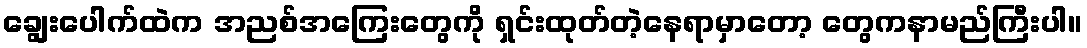
ချွေးပေါက်ထဲက အညစ်အကြေးတွေကို ရှင်းထုတ်တဲ့နေရာမှာတော့ တွေကနာမည်ကြီးပါ။